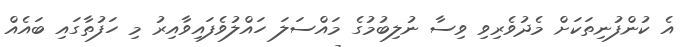
އެ ކުންފުނިތަކަށް މެދުވެރިވި ވިސާ ނުލިބުމުގެ މައްސަލަ ހައްލުވެފައިވާއިރު މި ހަފުތާގައި ބައެއް